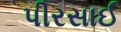
પીરસાઈ